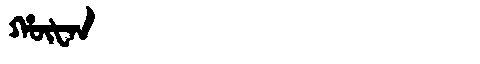
Manchu: ᡥᡡᡶᠠᠨ
Romanization: HŪFAN